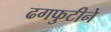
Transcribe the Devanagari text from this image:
ढगफुटीने